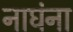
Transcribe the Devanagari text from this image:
नाघंना